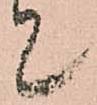
て